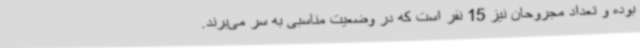
بوده و تعداد مجروحان نیز 15 نفر است که در وضعیت مناسبی به سر می‌برند.